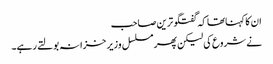
ان کا کہناتھا کہ گفتگو ترین صاحب
نے شروع کی لیکن پھر مسلسل وزیر خزانہ بولتے رہے۔